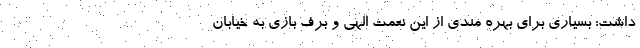
داشت: بسیاری برای بهره مندی از این نعمت الهی و برف بازی به خیابان